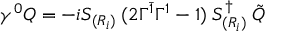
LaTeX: \gamma ^ { 0 } Q = - i { \cal S } _ { ( R _ { i } ) } \: ( 2 \Gamma ^ { \bar { 1 } } \Gamma ^ { 1 } - 1 ) \: { \cal S } _ { ( R _ { i } ) } ^ { \dagger } \: \tilde { Q }